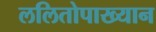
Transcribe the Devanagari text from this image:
ललितोपाख्यान